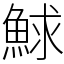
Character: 鯄